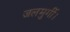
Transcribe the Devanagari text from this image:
जलमुर्गी।